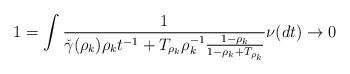
LaTeX: \begin{align*}1 &= \int \frac{1}{\check{\gamma}(\rho_k)\rho_k t^{-1} + T_{\rho_k} \rho_k^{-1}\frac{1-\rho_k}{1-\rho_k + T_{\rho_k}}}\nu(dt) \to 0\end{align*}